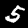
Label: 5